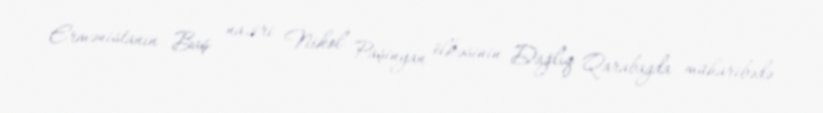
Ermənistanın Baş naziri Nikol Paşinyan ölkəsinin Dağlıq Qarabagda müharibədə